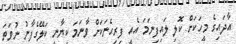
އާދައިގެ މީހަކަށް ކޮލި ލައިފިނަމަ އެއީ ފިރިހެނަކަށް ވާނަމަ ކިޔާނީ ކަލޭގެފާނު ނުވަތަ